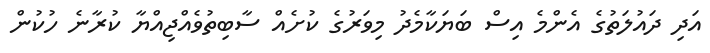
އަދި ދައުލަތުގެ އެންމެ އިސް ބަޔަކާމެދު މިވަރުގެ ކުށެއް ސާބިތުވެއްޖިއްޔާ ކުރާނެ ހުކުން